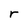
Character: r